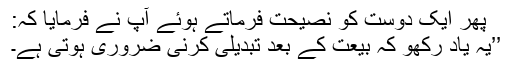
پھر ایک دوست کو نصیحت فرماتے ہوئے آپ نے فرمایا کہ:
’’یہ یاد رکھو کہ بیعت کے بعد تبدیلی کرنی ضروری ہوتی ہے۔